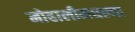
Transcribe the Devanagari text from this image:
मोहालीमधल्या